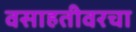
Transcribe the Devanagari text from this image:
वसाहतीवरचा